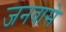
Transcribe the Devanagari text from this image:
जनवासे